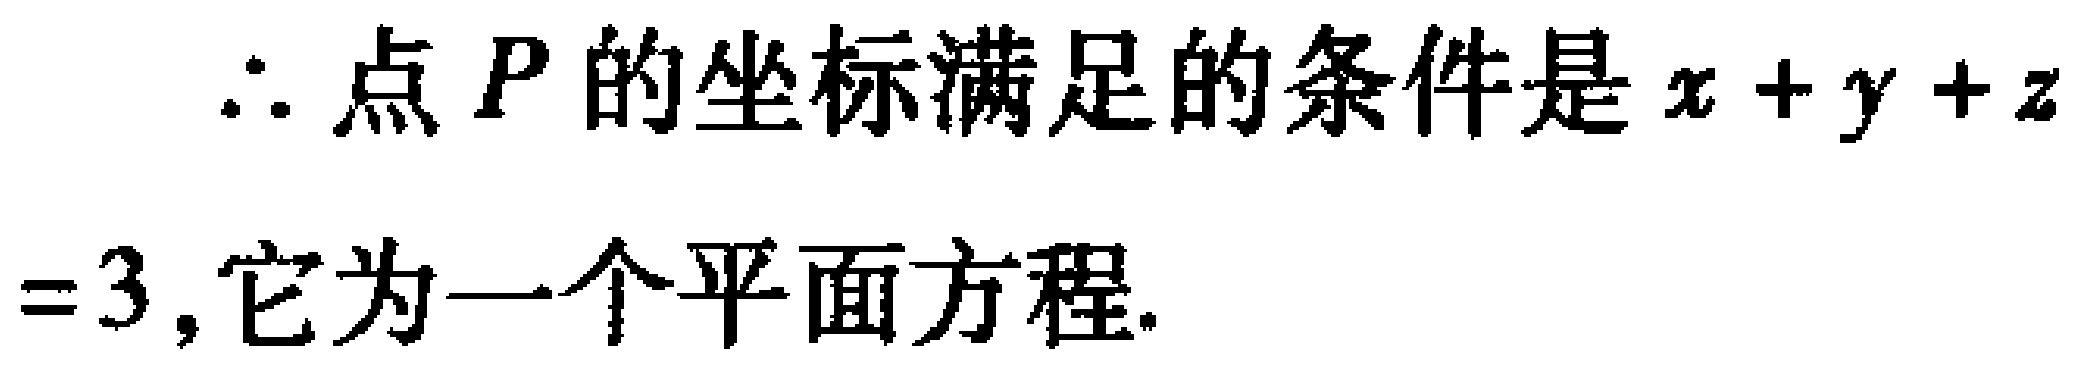
\(\therefore\)点\(P\)的坐标满足的条件是\(x + y + z=3\)，它为一个平面方程.